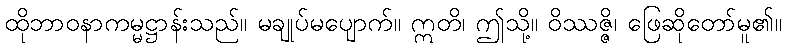
ထိုဘာဝနာကမ္မဋ္ဌာန်းသည်။ မချုပ်မပျောက်။ ဣတိ၊ ဤသို့။ ဝိဿဇ္ဇိ၊ ဖြေဆိုတော်မူ၏။